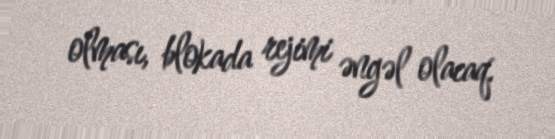
olması, blokada rejimi əngəl olacaq.